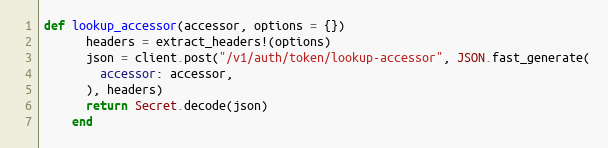
Language: Ruby
def lookup_accessor(accessor, options = {})
      headers = extract_headers!(options)
      json = client.post("/v1/auth/token/lookup-accessor", JSON.fast_generate(
        accessor: accessor,
      ), headers)
      return Secret.decode(json)
    end